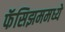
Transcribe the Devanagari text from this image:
फॅसिझममध्ये